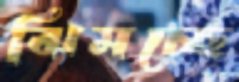
ঝিমচ্ছে